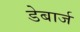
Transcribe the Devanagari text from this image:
डेबार्ज